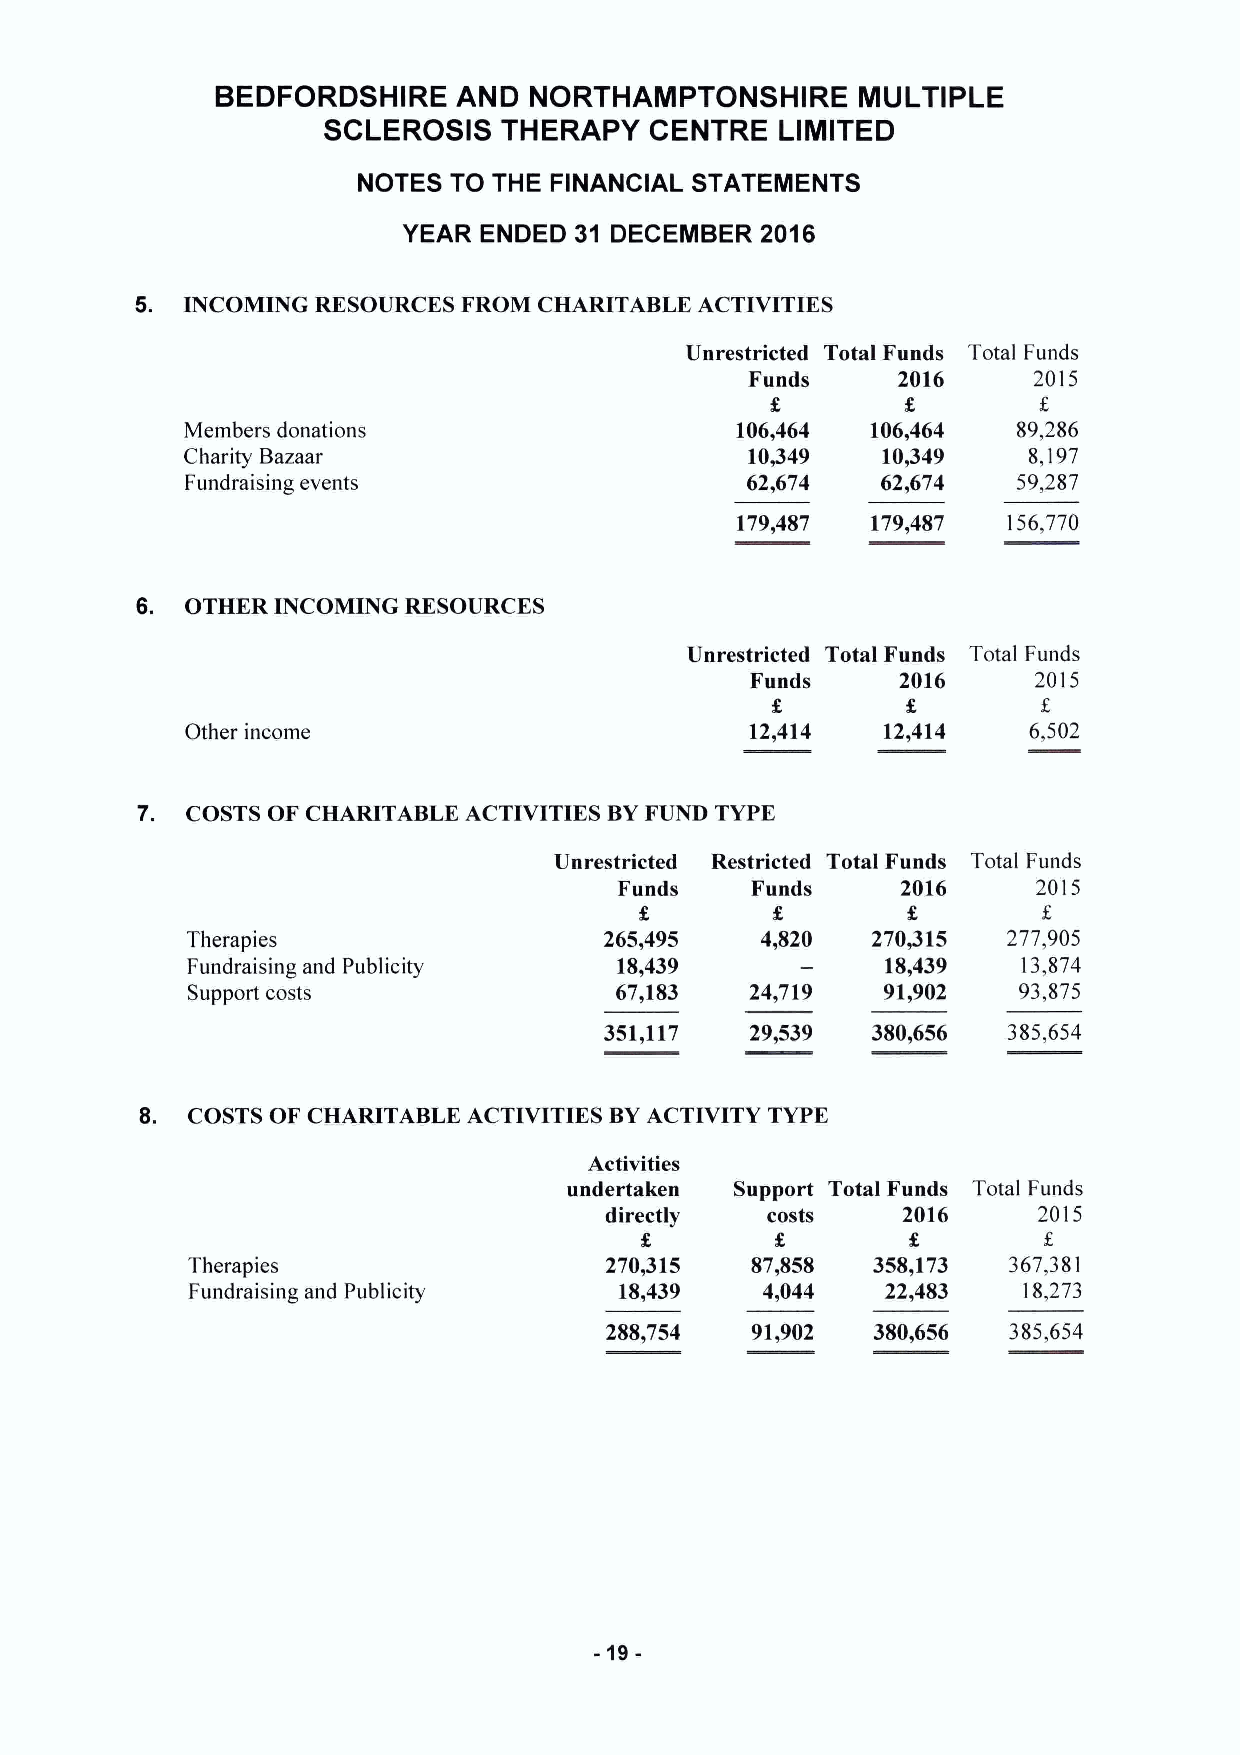
BEDFORDSHIRE    AND  NORTHAMPTONSHIRE      MULTIPLE
 SCLEROSIS   THERAPY   CENTRE   LIMITED
 NOTES TO THE FINANCIAL STATEMENTS
 YEAR ENDED 31 DECEMBER 2016
 5. INCOMING RESOURCES FROM CHARITABLE ACTIVITIES
 Unrestricted Total Funds Total Funds
 Funds    2016     2015
 Members donations                    106,464  106,464  89,286
 Charity Bazaar                        10,349  10,349    8,197
 Fundraising events                   62,674   62,674   59,287
 179,487  179,487  156,770
 6. OTHER INCOMING RESOURCES
 Unrestricted Total Funds Total Funds
 Funds     2016    2015
 Other income                          12,414  12,414    6,502
 7. COSTS OF CHARITABLE ACTIVITIES BYFUND TYPE
 Unrestricted Restricted Total Funds Total Funds
 Funds    Funds     2016     2015
 Therapies                   265,495   4,820   270,315  277,905
 Fundraising and Publicity    18,439            18,439   13,874
 Support costs                67,183   24,719  91,902   93,875
 351,117   29,539  380,656  385,654
 8. COSTS OF CHARITABLE ACTIVITIES BYACTIVITY TYPE
 Activities
 undertaken Support Total Funds Total Funds
 directly   costs    2016     2015
 Therapies                   270,315   87,858  358,173  367,381
 Fundraising and Publicity    18,439   4,044    22,483   18,273
 288,754   91,902  380,656  385,654
 -19-